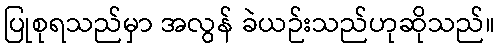
ပြုစုရသည်မှာ အလွန် ခဲယဉ်းသည်ဟုဆိုသည်။